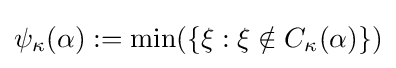
\psi _{\kappa }(\alpha ):=\min(\{\xi :\xi \notin C_{\kappa }(\alpha )\})